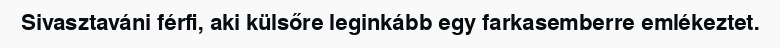
Sivasztaváni férfi, aki külsőre leginkább egy farkasemberre emlékeztet.